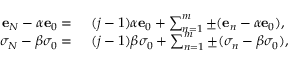
\begin{array} { r l } { \mathbf { e } _ { N } - \alpha \mathbf { e } _ { 0 } = ~ } & { { } ( j - 1 ) \alpha \mathbf { e } _ { 0 } + \sum _ { n = 1 } ^ { m } \pm ( \mathbf { e } _ { n } - \alpha \mathbf { e } _ { 0 } ) , } \\ { \sigma _ { N } - \beta \sigma _ { 0 } = ~ } & { { } ( j - 1 ) \beta \sigma _ { 0 } + \sum _ { n = 1 } ^ { m } \pm ( \sigma _ { n } - \beta \sigma _ { 0 } ) , } \end{array}